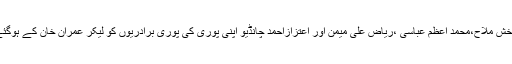
ان مقامات کی اہم سیاسی وسماجی شخصیات جن میں حاجی اکبر پنہور،شہباز علی پنہور،نبی بخش ملاح،محمد اعظم عباسی ،ریاض علی میمن اور اعتزازاحمد چانڈیو اپنی پوری کی پوری برادریوں کو لیکر عمران خان کے ہوگئے،سندھ کی روایتی سیاست سے تنگ سندھیوں نے اپنا فیصلہ عمران خان کے حق میں سنا دیا۔